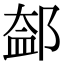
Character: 𨜨